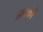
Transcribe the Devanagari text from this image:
द्रावकों